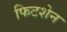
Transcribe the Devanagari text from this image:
फिटशेन